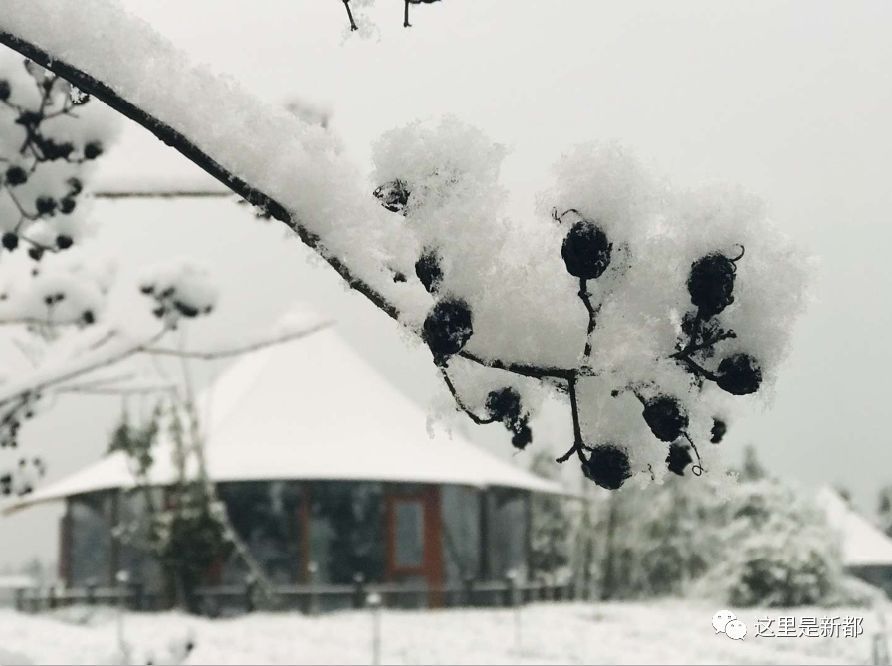
霜雪兮漼溰，冰冻兮洛泽。